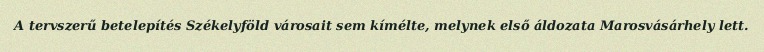
A tervszerű betelepítés Székelyföld városait sem kímélte, melynek első áldozata Marosvásárhely lett.